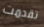
تقدمت